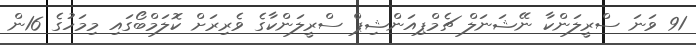
91 ވަނަ ސްރީލަންކާ ނޭޝަނަލް ޗެމްޕިއަންޝިޕް ސްރީލަންކާގެ ވެރިރަށް ކޮލަމްބޯގައި މިމަހުގެ 16ން